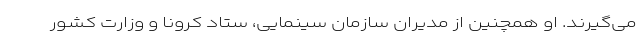
می‌گیرند. او همچنین از مدیران سازمان سینمایی، ستاد کرونا و وزارت کشور